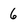
Character: 6